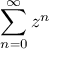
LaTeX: \sum _ { n = 0 } ^ { \infty } z ^ { n }